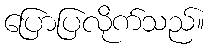
ပြောပြလိုက်သည်။